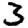
Digit: 3